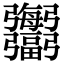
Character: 𢑍